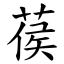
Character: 葔